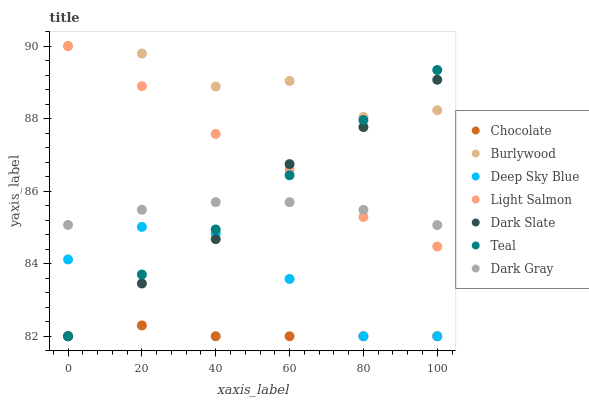
| xaxis_label | Chocolate | Burlywood | Deep Sky Blue | Light Salmon | Dark Slate | Teal | Dark Gray |
 | --- | --- | --- | --- | --- | --- | --- | --- |
 | 0 | 82 | 90 | 84.1 | 90 | 82 | 82 | 85.1 |
 | 20 | 82.3 | 89.8 | 85 | 88.9 | 83.5 | 83.7 | 85.5 |
 | 40 | 82 | 88.9 | 84.8 | 87.6 | 84.7 | 84.9 | 85.7 |
 | 60 | 82 | 89 | 83.6 | 86.6 | 86.7 | 86.4 | 85.7 |
 | 80 | 82 | 88 | 82 | 85.3 | 87.8 | 88 | 85.5 |
 | 100 | 82 | 88.2 | 82 | 84.5 | 89.1 | 89.3 | 85.1 |